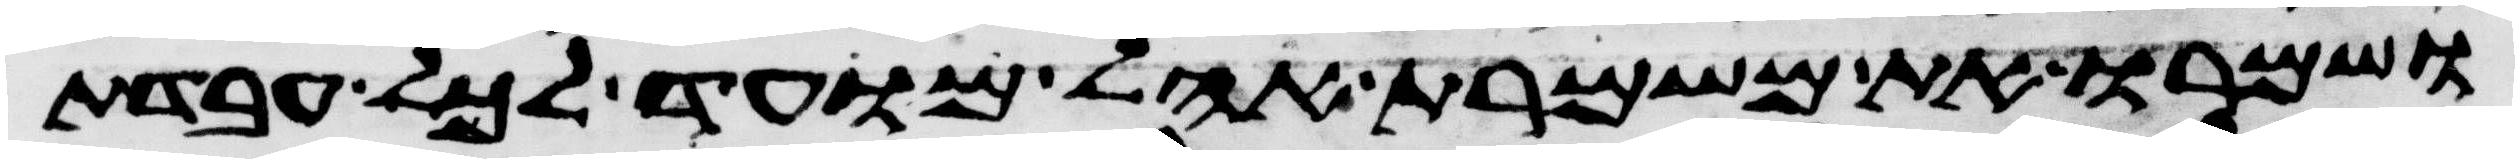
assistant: ושמרו את משמרת אהל מועד לכל עבדת